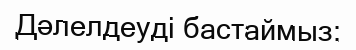
Дәлелдеуді бастаймыз: